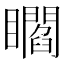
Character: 𥌸